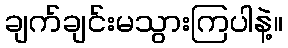
ချက်ချင်းမသွားကြပါနဲ့။